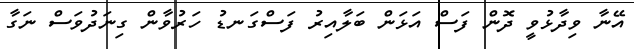
އޭނާ ވިދާޅުވީ ދޮން ފަސް އަޅަން ބަލާއިރު ފަސްގަނޑު ހަރުވާން ގިނަދުވަސް ނަގާ